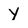
Character: y